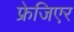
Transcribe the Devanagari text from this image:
फ्रेजिएर